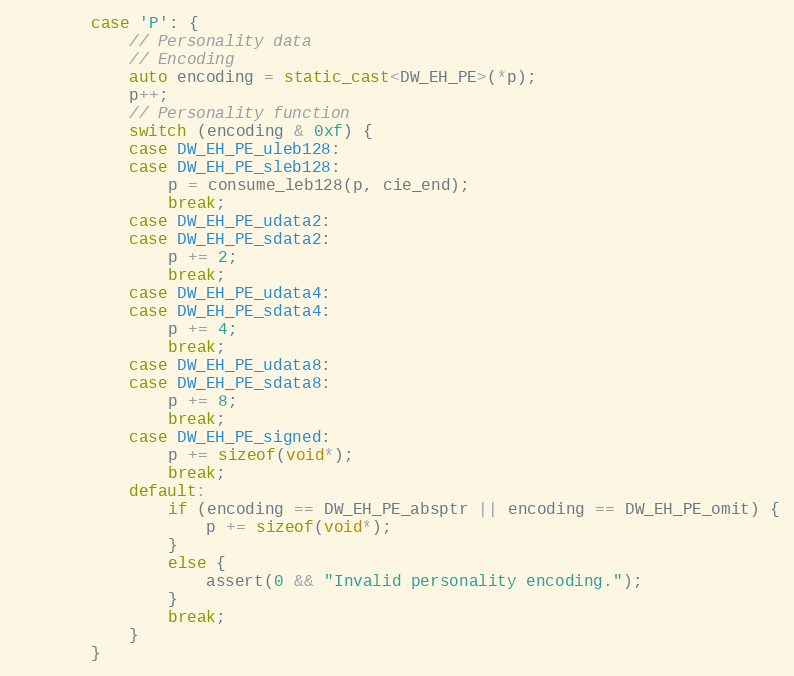
Language: C++
        case 'P': {
            // Personality data
            // Encoding
            auto encoding = static_cast<DW_EH_PE>(*p);
            p++;
            // Personality function
            switch (encoding & 0xf) {
            case DW_EH_PE_uleb128:
            case DW_EH_PE_sleb128:
                p = consume_leb128(p, cie_end);
                break;
            case DW_EH_PE_udata2:
            case DW_EH_PE_sdata2:
                p += 2;
                break;
            case DW_EH_PE_udata4:
            case DW_EH_PE_sdata4:
                p += 4;
                break;
            case DW_EH_PE_udata8:
            case DW_EH_PE_sdata8:
                p += 8;
                break;
            case DW_EH_PE_signed:
                p += sizeof(void*);
                break;
            default:
                if (encoding == DW_EH_PE_absptr || encoding == DW_EH_PE_omit) {
                    p += sizeof(void*);
                }
                else {
                    assert(0 && "Invalid personality encoding.");
                }
                break;
            }
        }